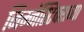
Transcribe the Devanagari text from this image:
जिम्नॅस्टिक्सच्या